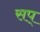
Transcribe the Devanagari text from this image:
सप्